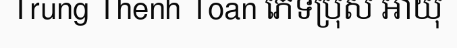
Trung Thenh Toan ភេទប្រុស អាយុ